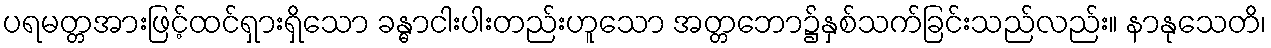
ပရမတ္တအားဖြင့်ထင်ရှားရှိသော ခန္ဓာငါးပါးတည်းဟူသော အတ္တဘော၌နှစ်သက်ခြင်းသည်လည်း။ နာနုသေတိ၊